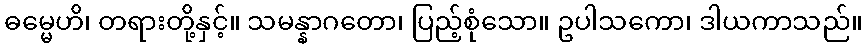
ဓမ္မေဟိ၊ တရားတို့နှင့်။ သမန္နာဂတော၊ ပြည့်စုံသော။ ဥပါသကော၊ ဒါယကာသည်။